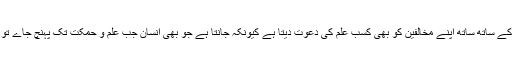
اسلام اپنے پیروکاروں کو علم حاصل کرنے کی تاکید کرنے کے ساتھ ساتھ اپنے مخالفین کو بھی کسب علم کی دعوت دیتا ہے کیونکہ جانتا ہے جو بھی انسان جب علم و حمکت تک پہنچ جاے تو وہ حقیقت سے نزدیک ہو جاتا ہے اور حق کو قبول کرتا ہے۔